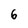
Character: 6